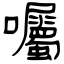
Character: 囑